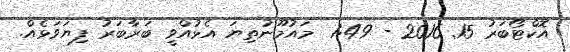
އޮކްޓޯބަރު 15